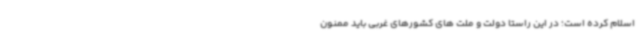
اسلام کرده است؛ در این راستا دولت و ملت های کشورهای غربی باید ممنون